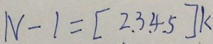
N - 1 = [ 2 . 3 . 4 . 5 ] k